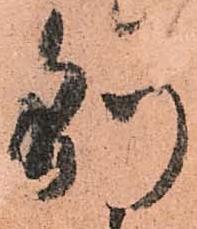
別